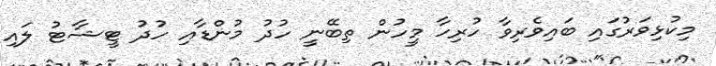
މިކުޅިވަރުގައި ބައިވެރިވާ ހުރިހާ މީހުން ތިބޭނީ ހުދު މުންޑާއި ހުދު ޓީޝާޓު ލައި